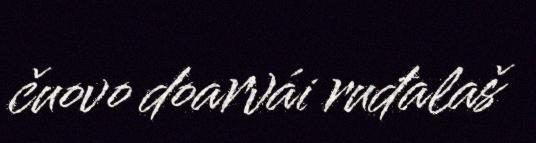
čuovo doarvái ruđalaš